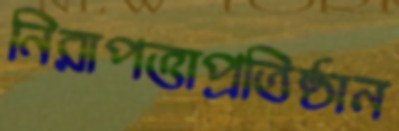
নিরাপত্তাপ্রতিষ্ঠান